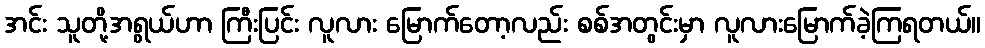
အင်း သူတို့အရွယ်ဟာ ကြီးပြင်း လူလား မြောက်တော့လည်း စစ်အတွင်းမှာ လူလားမြောက်ခဲ့ကြရတယ်။